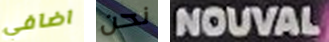
اضافي نحن NOUVAL